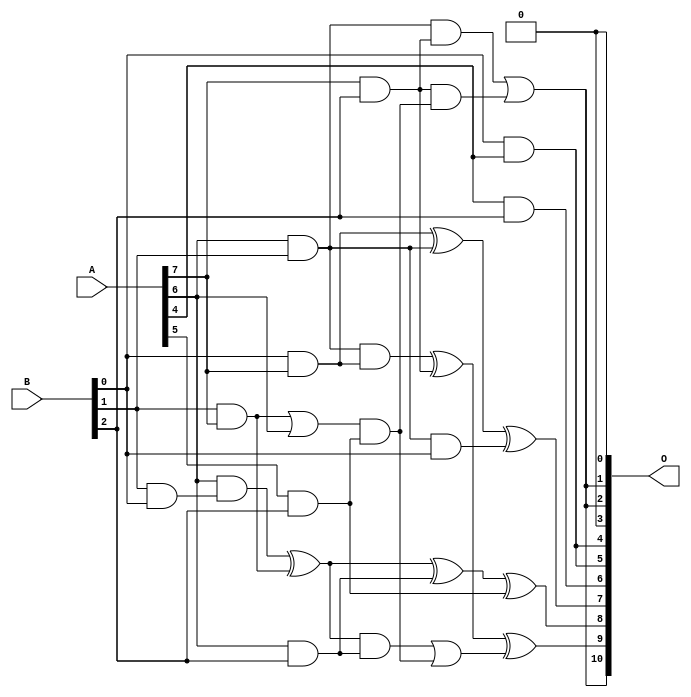
/***
* This code is a part of EvoApproxLib library (ehw.fit.vutbr.cz/approxlib) distributed under The MIT License.
* When used, please cite the following article(s): V. Mrazek, L. Sekanina, Z. Vasicek "Libraries of Approximate Circuits: Automated Design and Application in CNN Accelerators" IEEE Journal on Emerging and Selected Topics in Circuits and Systems, Vol 10, No 4, 2020 
* This file contains a circuit from a sub-set of pareto optimal circuits with respect to the pwr and wce parameters
***/
// MAE% = 2.26 %
// MAE = 46 
// WCE% = 6.88 %
// WCE = 141 
// WCRE% = 200.00 %
// EP% = 85.89 %
// MRE% = 26.44 %
// MSE = 3573 
// PDK45_PWR = 0.017 mW
// PDK45_AREA = 72.3 um2
// PDK45_DELAY = 0.33 ns

module mul8x3u_1F9 (
    A,
    B,
    O
);

input [7:0] A;
input [2:0] B;
output [10:0] O;

wire sig_13,sig_22,sig_25,sig_26,sig_41,sig_46,sig_50,sig_51,sig_54,sig_59,sig_60,sig_66,sig_67,sig_68,sig_82,sig_83,sig_91,sig_96,sig_97,sig_98;
wire sig_99,sig_100,sig_101,sig_102,sig_103,sig_104,sig_105;

assign sig_13 = B[0] & A[7];
assign sig_22 = B[1] & A[7];
assign sig_25 = A[6] & B[1];
assign sig_26 = B[1] & B[0];
assign sig_41 = ~(sig_22 | A[6]);
assign sig_46 = A[4] & B[2];
assign sig_50 = A[6] & sig_26;
assign sig_51 = sig_25 & B[0];
assign sig_54 = sig_13 ^ sig_25;
assign sig_59 = sig_25 & sig_13;
assign sig_60 = sig_50 ^ sig_22;
assign sig_66 = A[5] & B[2];
assign sig_67 = A[6] & B[2];
assign sig_68 = A[7] & B[2];
assign sig_82 = B[0] & A[4];
assign sig_83 = ~sig_41;
assign sig_91 = sig_54 ^ sig_51;
assign sig_96 = sig_60 ^ sig_67;
assign sig_97 = sig_60 & sig_67;
assign sig_98 = sig_83 & sig_66;
assign sig_99 = sig_96 ^ sig_66;
assign sig_100 = sig_97 | sig_98;
assign sig_101 = sig_59 ^ sig_68;
assign sig_102 = sig_25 & sig_68;
assign sig_103 = sig_68 & sig_98;
assign sig_104 = sig_101 ^ sig_100;
assign sig_105 = sig_102 | sig_103;

assign O[10] = sig_105;
assign O[9] = sig_104;
assign O[8] = sig_99;
assign O[7] = sig_91;
assign O[6] = sig_46;
assign O[5] = sig_82;
assign O[4] = sig_82;
assign O[3] = 1'b0;
assign O[2] = sig_105;
assign O[1] = sig_105;
assign O[0] = 1'b0;

endmodule